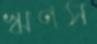
ঋণস